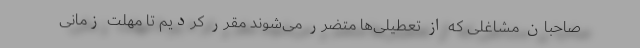
صاحبان مشاغلی که از تعطیلی‌ها متضرر می‌شوند مقرر کردیم تا مهلت زمانی